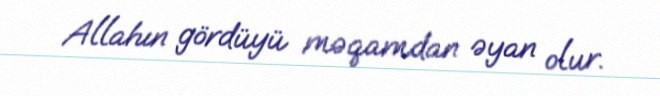
Allahın gördüyü məqamdan əyan olur.